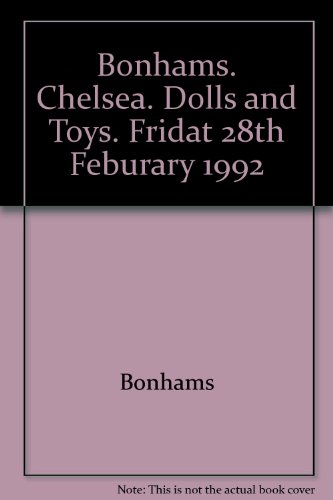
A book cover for Chelsea Doll's Houses, Miniatures, Ephemera, Bears, Dolls, Disney, Tinplate Toys, Trains and Diecast; Bonhams; Crafts, Hobbies & Home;